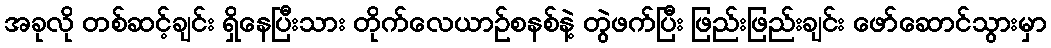
အခုလို တစ်ဆင့်ချင်း ရှိနေပြီးသား တိုက်လေယာဉ်စနစ်နဲ့ တွဲဖက်ပြီး ဖြည်းဖြည်းချင်း ဖော်ဆောင်သွားမှာ